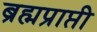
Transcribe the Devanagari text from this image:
ब्रह्मप्राप्ती